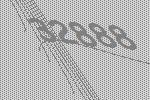
32888